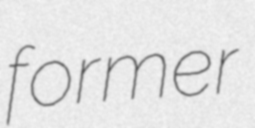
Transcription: former